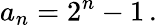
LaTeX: a_{n}=2^{n}-1\, .